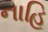
નાહિ